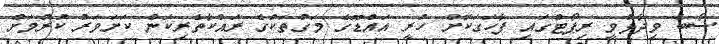
ސޯބެ ވިދާޅުވީ ރިޕޯޓްގައި ފާހަގަކޮށް ހުރީ އައްޑޫގެ މަގުތަކުގެ ރައްކާތެރިކަން ކަށަވަރު ކުރުމަށް